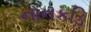
નાનકડિ